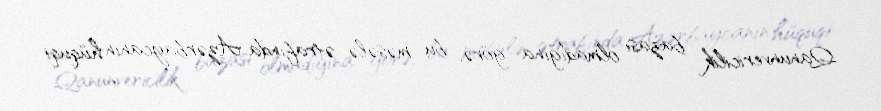
Qanunvericilik bazası olmadığına görə, bu məsələ ətrafında Azərbaycanın hüquqi